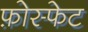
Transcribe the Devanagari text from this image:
फ़ोस्फेट